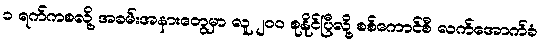
၁ ရက်ကစလို့ အခမ်းအနားတွေမှာ လူ ၂၀၀ စုနိုင်ပြီလို့ စစ်ကောင်စီ လက်အောက်ခံ